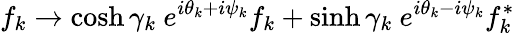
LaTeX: f_{k}\rightarrow\cosh\gamma_{k}\ e^{i\theta_{k}+i\psi_{k}}f_{k}+\sinh\gamma_{k}\ e^{i\theta_{k}-i\psi_{k}}f_{k}^{*}